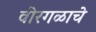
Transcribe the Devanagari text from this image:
वीरगळाचे